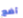
أضع